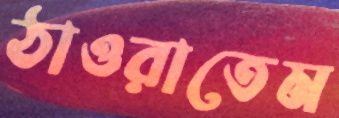
ঠাওরাতেম